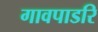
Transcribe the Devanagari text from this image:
गावपाडरि